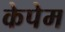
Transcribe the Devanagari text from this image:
केपेम